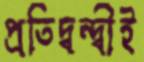
প্রতিদ্বন্দ্বীই